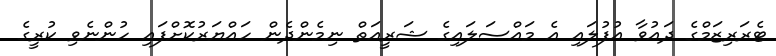
ޓެރަރިޒަމްގެ ދައުވާ އުފުލައި އެ މައްސަލައިގެ ޝަރީއަތް ނިމެންދެން ހައްޔަރުކޮށްފައި ހުންނެވި ކުރީގެ